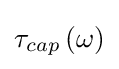
\tau _{cap}\left(\omega \right)